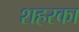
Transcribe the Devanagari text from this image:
शहरका